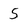
Character: 5